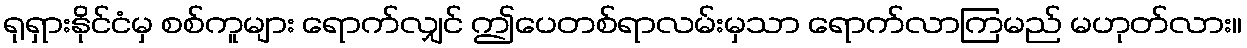
ရုရှားနိုင်ငံမှ စစ်ကူများ ရောက်လျှင် ဤပေတစ်ရာလမ်းမှသာ ရောက်လာကြမည် မဟုတ်လား။